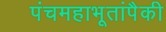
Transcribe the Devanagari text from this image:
पंचमहाभूतांपैकी